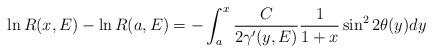
LaTeX: \begin{align*} \ln R(x,E) -\ln R(a,E)=-\int_{a}^x\frac{ C}{ 2\gamma^{\prime}(y,E)}\frac{1}{1+x}\sin^22\theta(y) dy\end{align*}